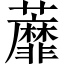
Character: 蘼